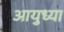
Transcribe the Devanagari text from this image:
आयुध्या